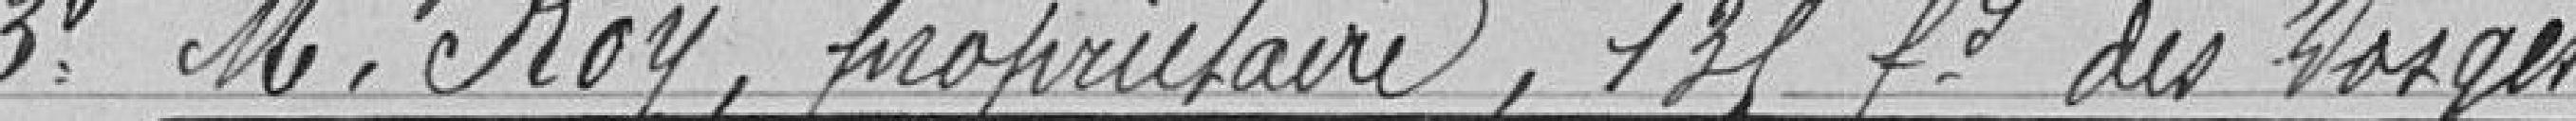
3° Monsieur Roy, Propriétaire 131 faubourg des Vosges